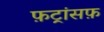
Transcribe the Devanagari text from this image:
फ़ट्रांसफ़